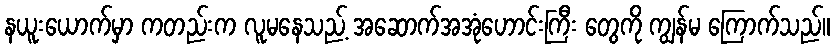
နယူးယောက်မှာ ကတည်းက လူမနေသည့် အဆောက်အအုံဟောင်းကြီး တွေကို ကျွန်မ ကြောက်သည်။